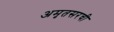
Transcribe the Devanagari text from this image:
अमृतसरची